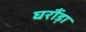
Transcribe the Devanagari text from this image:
घरौंड़ा